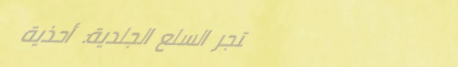
متجر السلع الجلدية: أحذية